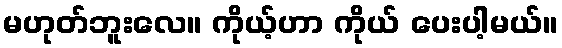
မဟုတ်ဘူးလေ။ ကိုယ့်ဟာ ကိုယ် ပေးပါ့မယ်။